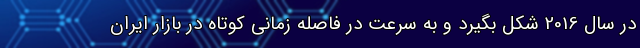
در سال 2016 شکل بگیرد و به سرعت در فاصله زمانی کوتاه در بازار ایران